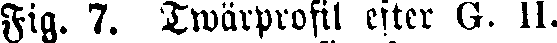
Fig. 7. Twärprofil efter G. H.